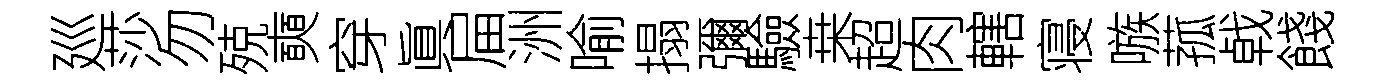
廵莎勿殑奭穿眞屇洲喻搨彌驗桒超肉轄寝嗾菰㦸餞